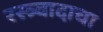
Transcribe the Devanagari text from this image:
रस्त्र्वादाचा